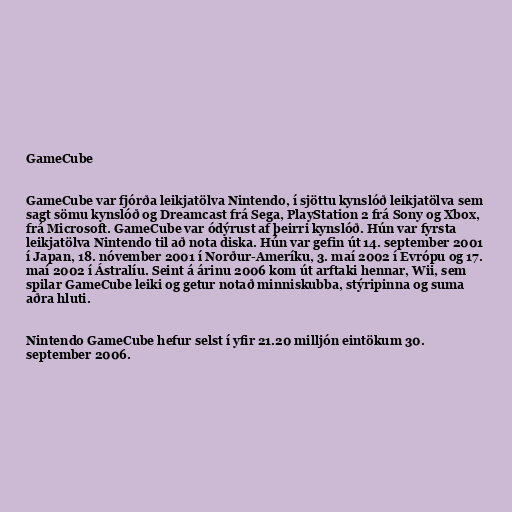
GameCube

GameCube var fjórða leikjatölva Nintendo, í sjöttu kynslóð leikjatölva sem
sagt sömu kynslóð og Dreamcast frá Sega, PlayStation 2 frá Sony og Xbox,
frá Microsoft. GameCube var ódýrust af þeirri kynslóð. Hún var fyrsta
leikjatölva Nintendo til að nota diska. Hún var gefin út 14. september 2001
í Japan, 18. nóvember 2001 í Norður-Ameríku, 3. maí 2002 í Evrópu og 17.
maí 2002 í Ástralíu. Seint á árinu 2006 kom út arftaki hennar, Wii, sem
spilar GameCube leiki og getur notað minniskubba, stýripinna og suma
aðra hluti.

Nintendo GameCube hefur selst í yfir 21.20 milljón eintökum 30.
september 2006.